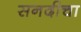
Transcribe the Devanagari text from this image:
सनदीचा